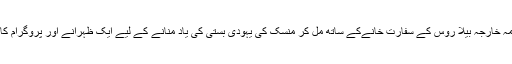
یکم مئی کو محکمہ خارجہ بیلا روس کے سفارت خانےکے ساتھ مل کر مِنسک کی یہودی بستی کی یاد منانے کے لیے ایک ظہرانے اور پروگرام کا اہتمام کریں گے۔